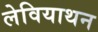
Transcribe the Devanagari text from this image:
लेवियाथन